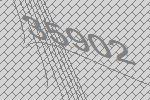
35902